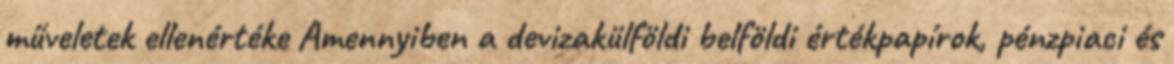
műveletek ellenértéke Amennyiben a devizakülföldi belföldi értékpapírok, pénzpiaci és